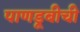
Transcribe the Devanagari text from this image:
पाणडूबीची